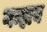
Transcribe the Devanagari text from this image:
यन्हाय